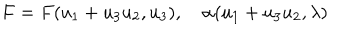
LaTeX: F = F ( u _ { 1 } + u _ { 3 } u _ { 2 } , u _ { 3 } ) , \quad \alpha ( u _ { 1 } + u _ { 3 } u _ { 2 } , \lambda )